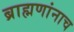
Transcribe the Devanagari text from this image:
ब्राह्मणांनाच